Tartu_Kolgata_baptistikogudus, lk 5
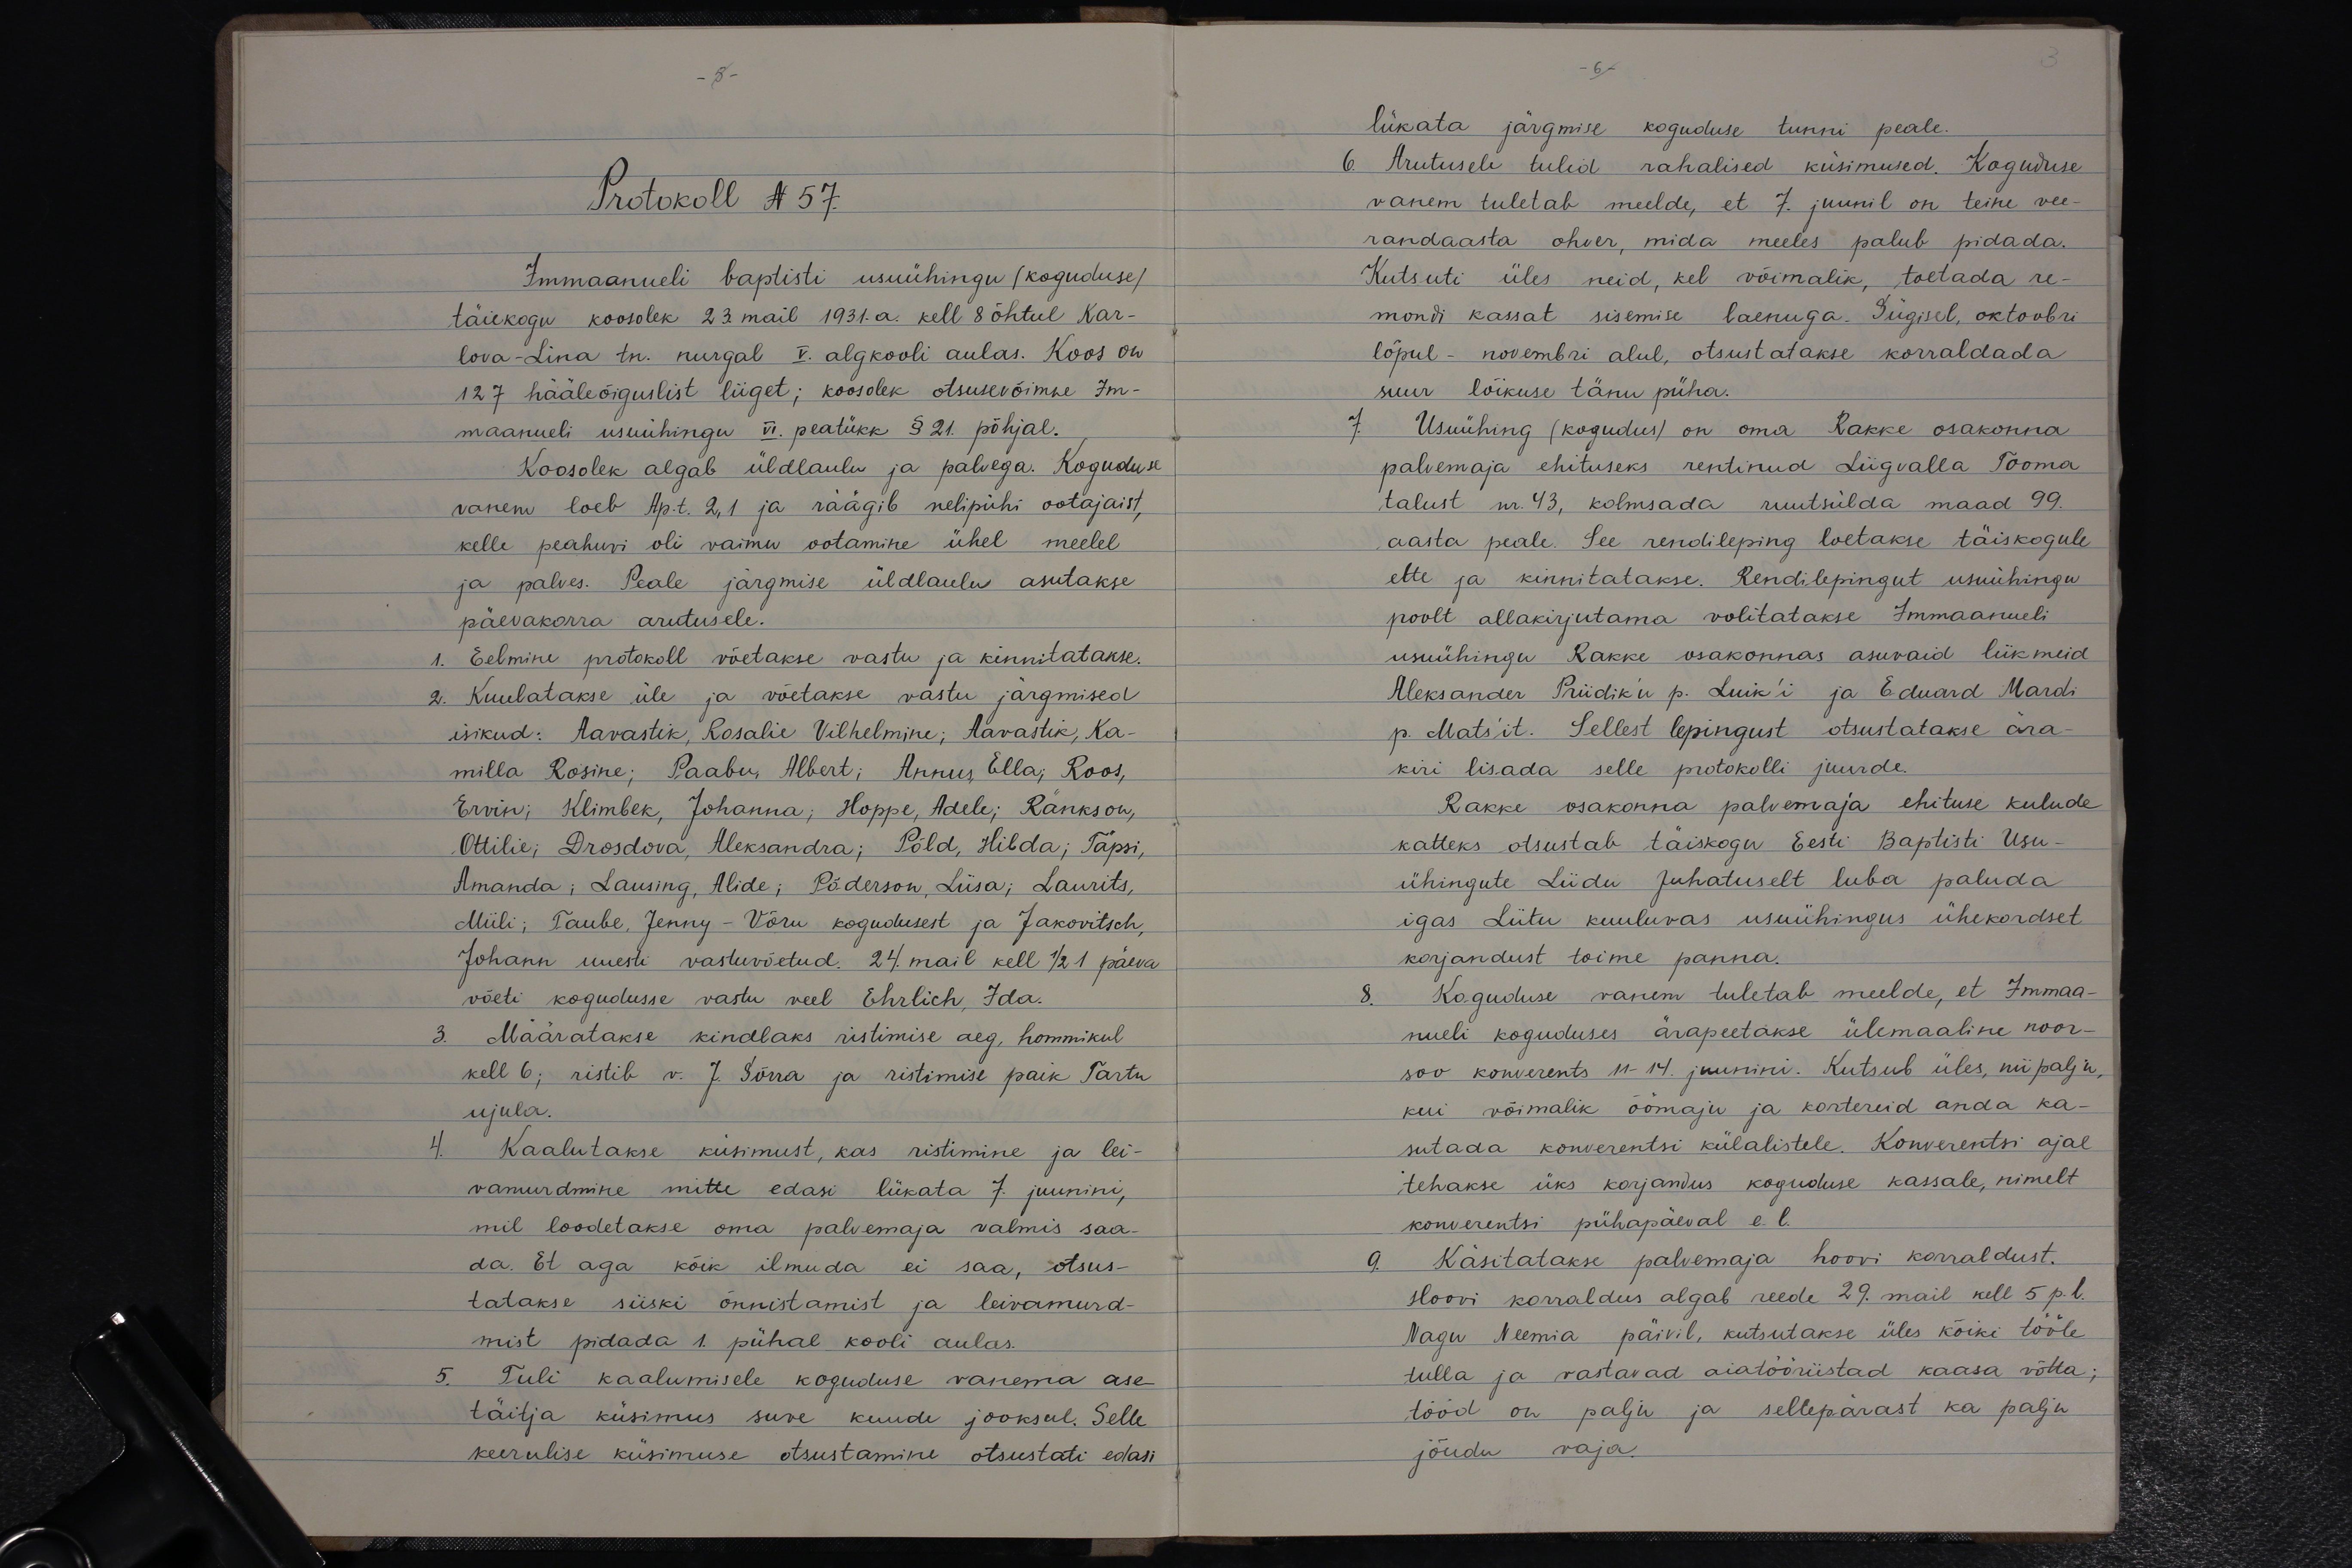
- 5 -

- 6 -

Protokoll N 57.
Immaanueli baptisti usuühingu (koguduse)
täiskogu koosolek 23. mail 1931.a. kell 8 õhtul Kar-
lova-Lina tn. nurgal V. algkooli aulas. Koos on
127 hääleõiguslist liiget; koosolek otsusevõimne Im-
maanueli usuühingu VI. peatükk § 21. põhjal.
Koosolek algab üldlaulu ja palvega. Koguduse
vanem loeb Ap.t. 2,1 ja räägib nelipühi ootajaist,
kelle peahuvi oli vaimu ootamine ühel meelel
ja palves. Peale järgmise üldlaulu asutakse
päevakorra arutusele.
1. Eelmine protokoll võetakse vastu ja kinnitatakse.
2. Kuulatakse üle ja võetakse vastu järgmised
isikud: Aavastik, Rosalie Vilhelmine; Aavastik, Ka-
milla Rosine; Paabu, Albert; Annus, Ella; Roos,
Ervin; Klimbek, Johanna; Hoppe, Adele; Ränkson,
Ottilie; Drosdova, Aleksandra; Põld, Hilda; Täpsi,
Amanda; Lausing, Alide; Põderson, Liisa; Laurits,
Miili; Taube, Jenny - Võru kogudusest ja Jakovitsch,
Johann uuesti vastuvõetud. 24. mail kell 1/2 1 päeva
võeti kogudusse vastu veel Ehrlich, Ida.
3. Määratakse kindlaks ristimise aeg, hommikul
kell 6; ristib v. J. Sõrra ja ristimise paik Tartu
ujula.
4. Kaalutakse küsimust, kas ristimine ja lei-
vamurdmine mitte edasi lükata 7. juunini,
mil loodetakse oma palvemaja valmis saa-
da. Et aga kõik ilmuda ei saa, otsus-
tatakse siiski õnnistamist ja leivamurd-
mist pidada 1. pühal kooli aulas.
5. Tuli kaalumisele koguduse vanema ase-
täitja küsimus suve kuude jooksul. Selle
keerulise küsimuse otsustamine otsusatati edasi

lükata järgmise koguduse tunni peale.
6. Arutusele tulid rahalised küsimused. Koguduse
vanem tuletab meelde, et 7. juunil on teine vee-
randaasta ohver, mida meeles palub pidada.
Kutsuti üles neid, kel võimalik, toetada re-
mondi kassat sisemise laenuga. Sügisel, oktoobri
lõpul - novembri alul, otsustatakse korraldada
suur lõikuse tänu püha.
7. Usuühing (kogudus) on oma Rakke osakonna
palvemaja ehituseks rentinud Liigvalla Tooma
talust nr. 43, kolmsada ruutsülda maad 99.
aasta peale. See rendileping loetakse täiskogule
ette ja kinnitatakse. Rendilepingut usuühingu
poolt allakirjutama volitatakse Immaanueli
usuühingu Rakke osakonnas asuvaid liikmeid
Aleksander Priidik'u p. Luik'i ja Eduard Mardi
p. Mats'it. Sellest lepingust otsustatakse ära-
kiri lisada selle protokolli juurde.
Rakke osakonna palvemaja ehituse kulude
katteks otsustab täiskogu Eesti Baptisti Usu-
ühingute Liidu Juhatuselt luba paluda
igas Liitu kuuluvas usuühingus ühekordset
korjandust toime panna.
8. Koguduse vanem tuletab meelde, et Immaa-
nueli koguduses ärapeetakse ülemaaline noor-
soo konverents 11-14. juunini. Kutsub üles, nii palju,
kui võimalik öömaju ja kortereid anda ka-
sutada konverentsi külalistele. Konverentsi ajal
tehakse üks korjandus koguduse kassale, nimelt
konverentsi pühapäeval e. l.
9. Käsitatakse palvemaja hoovi korraldust.
Hoovi korraldus algab reede 29. mail kell 5 p.l.
Nagu Neemia päivil, kutsutakse üles kõiki tööle
tulla ja vastavad aiatööriistad kaasa võtta;
tööd on palju ja sellepärast ka palju
jõudu vaja.